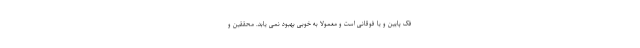
فک پایین و یا فوقانی است و معمولا به خوبی بهبود نمی یابد. محققین و